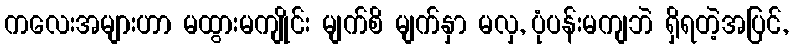
ကလေးအများဟာ မထွားမကျိုင်း မျက်စိ မျက်နှာ မလှ, ပုံပန်းမကျဘဲ ရှိရတဲ့အပြင်,